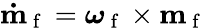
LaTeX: \mathbf{\dot{m}}_{\mathrm{~f~}}=\boldsymbol{\omega}_{\mathrm{~f~}}\times\mathbf{m}_{\mathrm{~f~}}